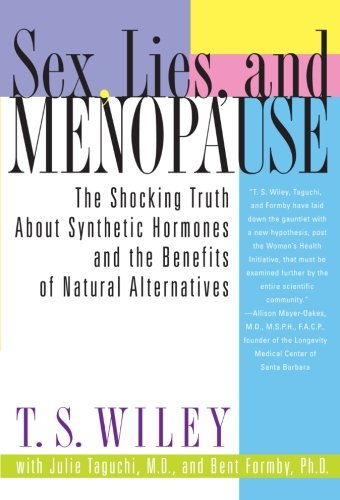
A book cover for Sex, Lies, and Menopause: The Shocking Truth About Synthetic Hormones and the Benefits of Natural Alternatives; T. S. Wiley; Health, Fitness & Dieting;